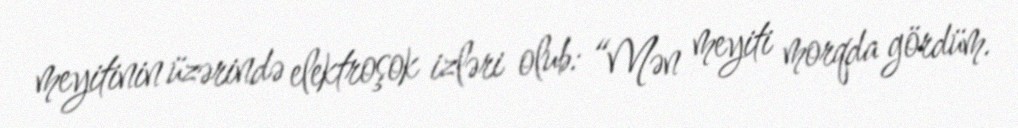
meyitinin üzərində elektroşok izləri olub: “Mən meyiti morqda gördüm.